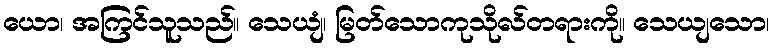
ယော၊ အကြင်သူသည်။ သေယျံ၊ မြတ်သောကုသိုလ်တရားကို။ သေယျသော၊